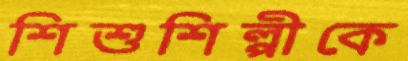
শিশুশিল্পীকে